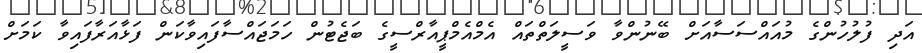
އަދި ފުލުހުންގެ މުއައްސަސާއަށް ބޭނުންވާ ވަސީލަތްތައް އެމްއެމްޕީއާރްސީގެ ބަޖެޓުން ހަމަޖައްސާފައިވާކަން ފަޅާއަރާފައިވާ ކަމަށް